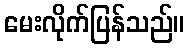
မေးလိုက်ပြန်သည်။